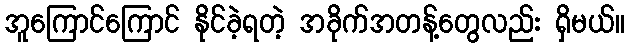
အူကြောင်ကြောင် နိုင်ခဲ့ရတဲ့ အခိုက်အတန့်တွေလည်း ရှိမယ်။